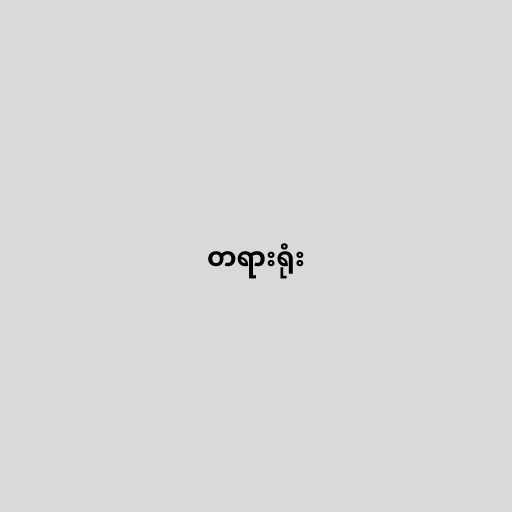
တရားရုံး